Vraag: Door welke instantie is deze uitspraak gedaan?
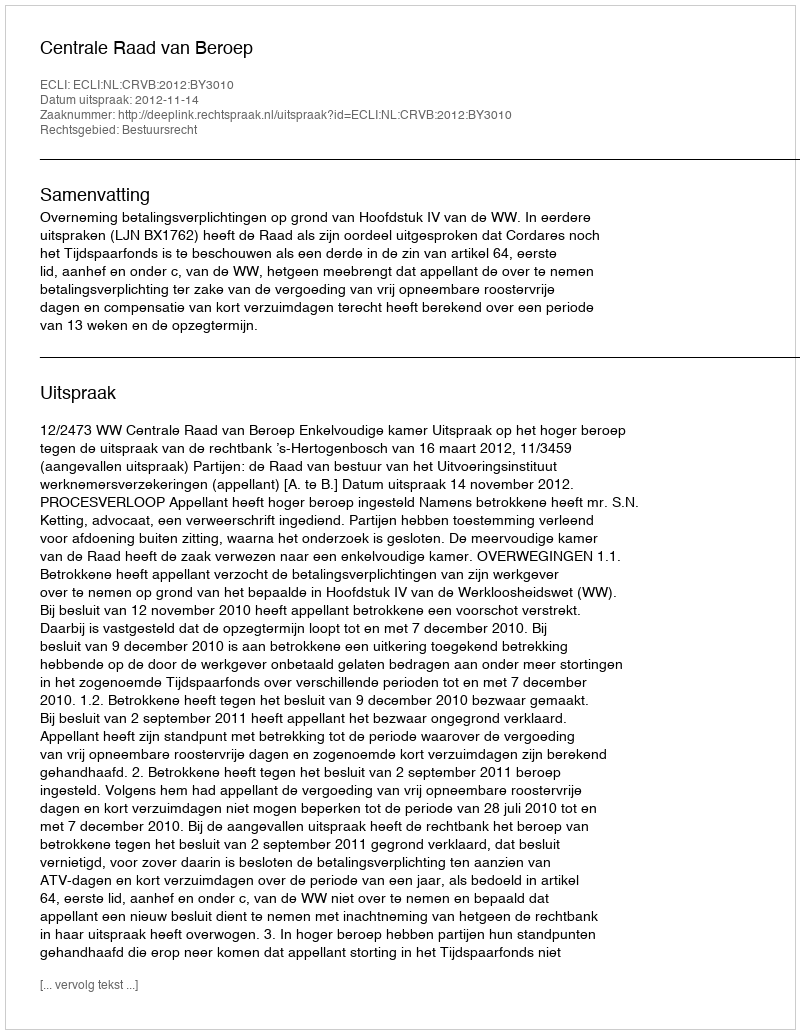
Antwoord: Centrale Raad van Beroep